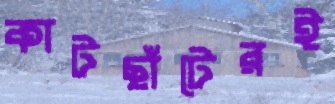
কাটছাঁটেরই